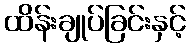
ထိန်းချုပ်ခြင်းနှင့်